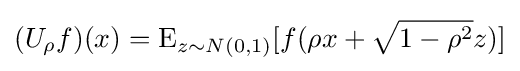
(U_{\rho }f)(x)=\operatorname {E} _{z\sim N(0,1)}[f(\rho x+{\sqrt {1-\rho ^{2}}}z)]